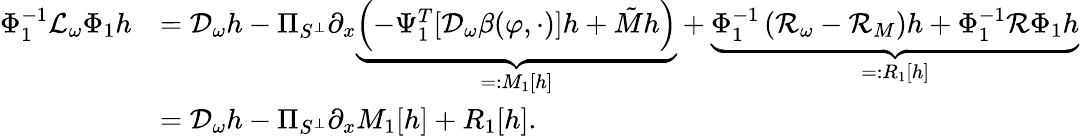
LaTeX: \begin{array}{rl}{\Phi_{1}^{-1}\mathcal{L}_{\omega}\Phi_{1}h}&{=\mathcal{D}_{\omega}h-\Pi_{S^{\perp}}\partial_{x}\underbrace{\left(-\Psi_{1}^{T}[\mathcal{D}_{\omega}\beta(\varphi,\cdot)]h+\tilde{M}h\right)}_{=:M_{1}[h]}+\underbrace{\Phi_{1}^{-1}\left(\mathcal{R}_{\omega}-\mathcal{R}_{M}\right)h+\Phi_{1}^{-1}\mathcal{R}\Phi_{1}h}_{=:R_{1}[h]}}\\ &{=\mathcal{D}_{\omega}h-\Pi_{S^{\perp}}\partial_{x}M_{1}[h]+R_{1}[h].}\end{array}